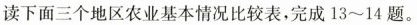
读下面三个地区农业基本情况比较表，完成13~14题。